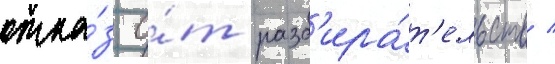
отка́з о́т разб'ира́т'ельств /